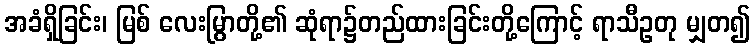
အခံရှိခြင်း၊ မြစ် လေးမြွာတို့၏ ဆုံရာ၌တည်ထားခြင်းတို့ကြောင့် ရာသီဥတု မျှတ၍